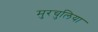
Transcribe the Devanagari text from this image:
मुरचुलिया